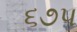
૬૭૫